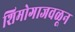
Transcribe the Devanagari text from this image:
शिमोगाजवळून